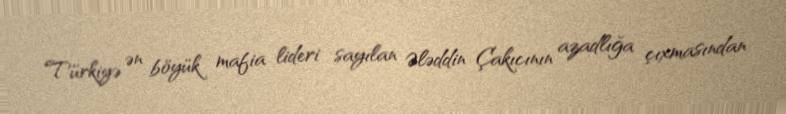
Türkiyə ən böyük mafia lideri sayılan Ələddin Çakıcının azadlığa çıxmasından